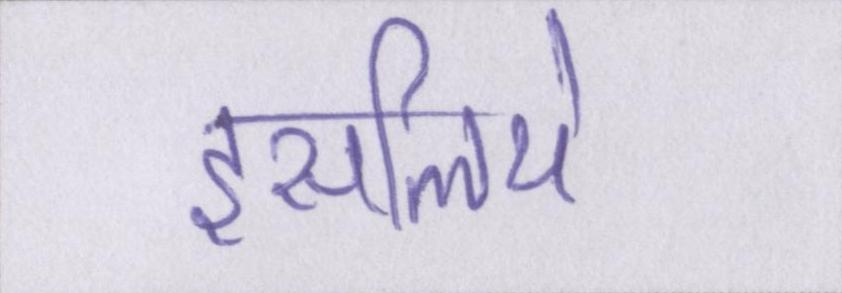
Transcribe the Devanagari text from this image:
इसलिये